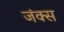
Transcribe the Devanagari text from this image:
जंक्स